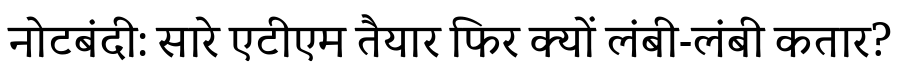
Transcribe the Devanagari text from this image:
नोटबंदी: सारे एटीएम तैयार फिर क्यों लंबी-लंबी कतार?